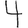
Digit: 4